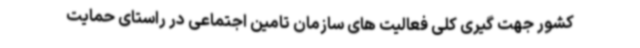
کشور جهت گیری کلی فعالیت های سازمان تامین اجتماعی در راستای حمایت